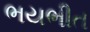
ભયભીત